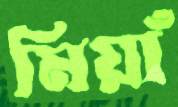
মিয়াঁ